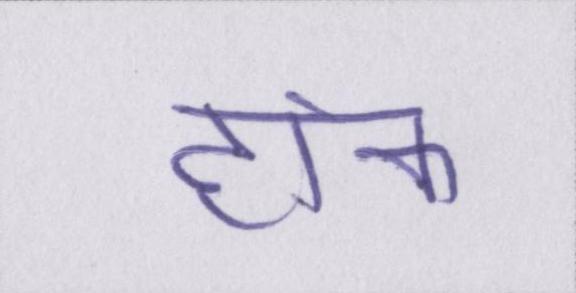
हांक